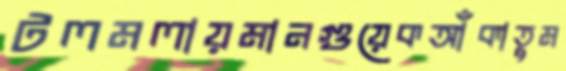
টলমলায়মানগুয়েকআঁকাতুম